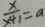
\frac { x } { x + 1 } = a